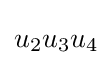
u_{2}u_{3}u_{4}